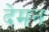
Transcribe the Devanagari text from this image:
देमन